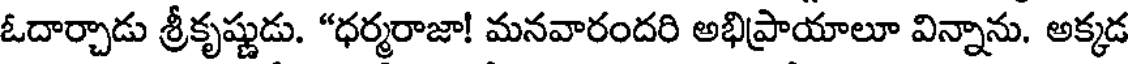
ఓదార్చాడు శ్రీకృష్ణుడు. "ధర్మరాజా! మనవారందరి అభిప్రాయాలూ విన్నాను. అక్కడ